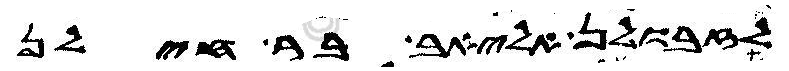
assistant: לזבולן אליאב בר חילן